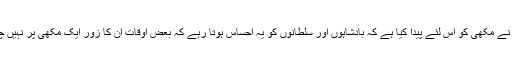
اللہ نے مکھی کو اس لئے پیدا کیا ہے کہ بادشاہوں اور سلطانوں کو یہ احساس ہوتا رہے کہ بعض اوقات ان کا زور ایک مکھی پر نہیں چلتا۔